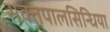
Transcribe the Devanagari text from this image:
सक्तपालसिन्धिया